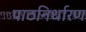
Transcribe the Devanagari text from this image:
पाठनिर्धारण